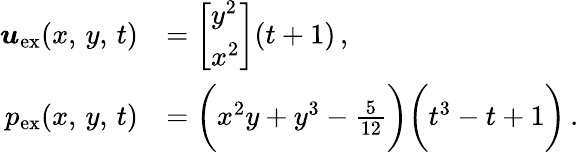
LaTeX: \begin{array}{rl}{\boldsymbol{u}_{\mathrm{ex}}(x,\, y,\, t)}&{=\left[\begin{array}{l}{y^{2}}\\ {x^{2}}\end{array}\right](t+1)\, ,}\\ {p_{\mathrm{ex}}(x,\, y,\, t)}&{=\bigg(x^{2}y+y^{3}-\frac{5}{12}\bigg)\bigg(t^{3}-t+1\bigg)\, .}\end{array}